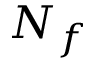
N _ { f }